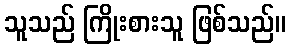
သူသည် ကြိုးစားသူ ဖြစ်သည်။